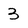
Character: 3